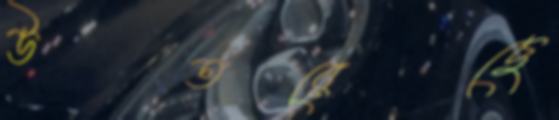
উতরেছে